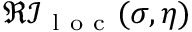
\Re \mathcal { I } _ { \mathrm { ~ l ~ o ~ c ~ } } ( \sigma , \eta )